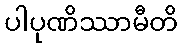
ပါပုဏိဿာမီတိ